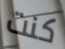
كنت